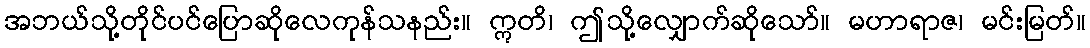
အဘယ်သို့တိုင်ပင်ပြောဆိုလေကုန်သနည်း။ ဣတိ၊ ဤသို့လျှောက်ဆိုသော်။ မဟာရာဇ၊ မင်းမြတ်။